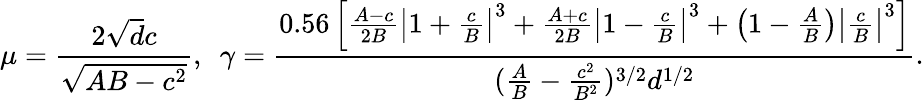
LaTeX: \mu=\frac{2\sqrt{d}c}{\sqrt{AB-c^{2}}},~~\gamma=\frac{0.56\left[\frac{A-c}{2B}\left|1+\frac{c}{B}\right|^{3}+\frac{A+c}{2B}\left|1-\frac{c}{B}\right|^{3}+\left(1-\frac{A}{B}\right)\left|\frac{c}{B}\right|^{3}\right]}{(\frac{A}{B}-\frac{c^{2}}{B^{2}})^{3/2}d^{1/2}}.